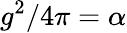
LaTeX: g^{2}/4\pi=\alpha